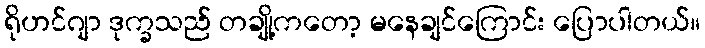
ရိုဟင်ဂျာ ဒုက္ခသည် တချို့ကတော့ မနေချင်ကြောင်း ပြောပါတယ်။